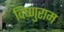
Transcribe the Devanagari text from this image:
विष्णुराम